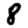
Digit: 8